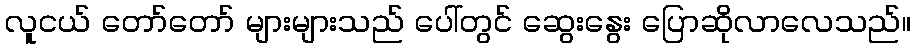
လူငယ် တော်တော် များများသည် ပေါ်တွင် ဆွေးနွေး ပြောဆိုလာလေသည်။